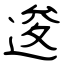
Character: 逡